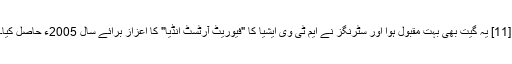
[11] یہ گیت بھی بہت مقبول ہوا اور سٹرنگز نے ایم ٹی وی ایشیا کا "فیوریٹ آرٹسٹ انڈیا" کا اعزاز برائے سال 2005ء حاصل کیا۔